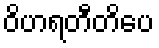
ဝိဟရတီတိပေ